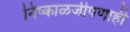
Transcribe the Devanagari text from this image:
निष्काळजीपणाही